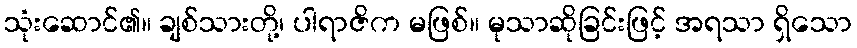
သုံးဆောင်၏။ ချစ်သားတို့၊ ပါရာဇိက မဖြစ်။ မုသာဆိုခြင်းဖြင့် အရသာ ရှိသော